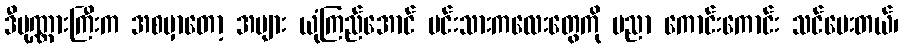
ဒီပုဏ္ဏားကြီးက အစမှာတော့ အများ ယုံကြည်အောင် မင်းသားကလေးတွေကို ပညာ ကောင်းကောင်း သင်ပေးတယ်၊